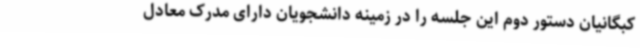
کبگانیان دستور دوم این جلسه را در زمینه دانشجویان دارای مدرک معادل